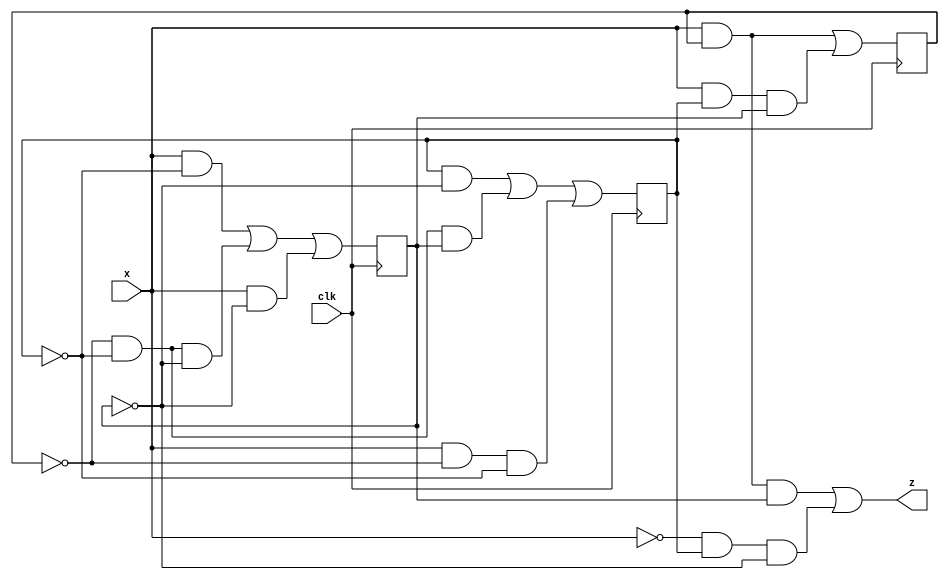
`timescale 1ns / 1ps
///////////////////////////////////FSM 1 MEALY//////////////////////////////////////
module FSM1(
	input x,
	input clk,
	output z
    );	
	wire q_t2,q_t1,q_t0;
	reg Q2,Q1,Q0;
	
initial begin
	Q2 <= 1;
	Q1 <= 1;
	Q0 <= 0;	
end

assign q_t2 = (x&Q2)|(x&Q1&Q0);
assign q_t1 = (Q1&(~Q0)) | ((~Q2)&(~Q1)&Q0) | (x&(~Q2)&(~Q1));
assign q_t0 = (x&(~Q1)) | ((~Q2)&(~Q1)&(~Q0)) | (x&(~Q0));
assign z = (x&Q2&Q0) | ((~x)&Q1&(~Q0));

always@(posedge clk) begin
	Q2 <= q_t2;
	Q1 <= q_t1;
	Q0 <= q_t0;
end
endmodule

///////////////////////////////////FSM 1 MOORE//////////////////////////////////////
/*module FSM1(
	input x,
	input clk,
	output reg z
    );	
	wire q_t2,q_t1,q_t0,z_t;
	reg Q2,Q1,Q0;
	
initial begin
	Q2 <= 0;
	Q1 <= 0;
	Q0 <= 0;	
end

assign q_t2 = (x&Q2)|(x&Q1&Q0);
assign q_t1 = (Q1&(~Q0)) | ((~Q2)&(~Q1)&Q0) | (x&(~Q2)&(~Q1));
assign q_t0 = (x&(~Q1)) | ((~Q2)&(~Q1)&(~Q0)) | (x&(~Q0));
assign z_t = (x&Q2&Q0) | ((~x)&Q1&(~Q0));


always@(posedge clk) begin
	Q2 <= q_t2;
	Q1 <= q_t1;
	Q0 <= q_t0;
	z  <= z_t;
end
endmodule*/



///////////////////////////////////FSM 2 MEALY///////////////////////////////////////////

module FSM2(
	input x,
	input clk,
	output z
    );
    (* dont_touch="true" *)	wire q_t2,q_t1,q_t0,a_t;
	(* dont_touch="true" *)reg Q2,Q1,Q0,a;
initial begin
	Q2 <= 0;
	Q1 <= 0;
	Q0 <= 0;
	a <= 0;
end

assign a_t = ~(x^Q2);
assign q_t2 = x;
assign q_t1 = (a_t&Q0)|(a_t&Q1);
assign q_t0 = a_t&(~Q1)&(~Q0);
assign z = a_t&Q1;


always@(posedge clk) begin
	Q2 <= q_t2;
	Q1 <= q_t1;
	Q0 <= q_t0;
	a  <= a_t;
end
endmodule

///////////////////////////////////FSM 2 MOORE///////////////////////////////////////////

/*module FSM2(
	input x,
	input clk,
	output reg z
    );
	(* dont_touch="true" *)	wire q_t2,q_t1,q_t0,a_t,z_t;
	(* dont_touch="true" *)reg Q2,Q1,Q0,a;
initial begin
	Q2 <= 0;
	Q1 <= 0;
	Q0 <= 0;
	a <= 0;
end

assign a_t = ~(x^Q2);
assign q_t2 = x;
assign q_t1 = (a_t&Q0)|(a_t&Q1);
assign q_t0 = a_t&(~Q1)&(~Q0);
assign z_t = a_t&Q1;


always@(posedge clk) begin
	Q2 <= q_t2;
	Q1 <= q_t1;
	Q0 <= q_t0;
	a  <= a_t;
	z  <= z_t;
end
endmodule*/

////////////////////////////////////////////////////////////////////////////////////

module FSM3(
	input x,
	input clk,rst,
	output z
    );
reg[3:0] state;
parameter A = 4'b0000,    
		  B = 4'b0100,    
		  C = 4'b0101,    
		  D = 4'b1100,    
		  E = 4'b0001,    
		  F = 4'b1111,    
		  G = 4'b0111,    
		  H = 4'b1011,    
		  I = 4'b1101,    
		  J = 4'b1001;    
						  
always@(posedge clk or posedge rst) begin
	if(rst ==1) 
		state <= A;
	else begin
		case (state)
		A: if(x)
				state <= B;
			else 
				state <= A;
		B: if(x)
				state <= B;
			else
				state <= C;
		C: if(x) 
				state <= D;
			else 
				state <= E;
		D: if(x) 
				state <= F;
			else
				state <= C;
		E: if(x) 
				state <= G;
			else 
				state <= A;
		F: if(x)
				state <= B;
			else 
				state <= H;
		G: if(x) 
				state <= B;
			else
				state <= I;
		H: if(x)
				state <= J;
			else
				state <= E;
		I: if(x)
				state <= D;
			else 
				state <= J;
		J: if(x) 
				state <= J;
			else 
				state <= J;
		default: state <= A;
		endcase
	end
end
assign z = state ==J;
endmodule